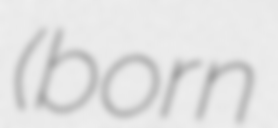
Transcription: (born